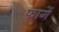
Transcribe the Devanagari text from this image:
फागें